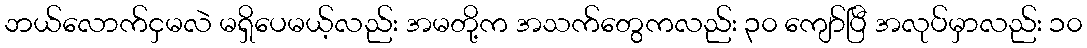
ဘယ်လောက်ငှမလဲ မရှိပေမယ့်လည်း အမတို့က အသက်တွေကလည်း ၃၀ ကျော်ပြီ အလုပ်မှာလည်း ၁၀